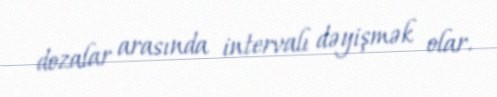
dozalar arasında intervalı dəyişmək olar.